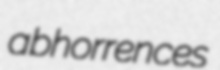
abhorrences